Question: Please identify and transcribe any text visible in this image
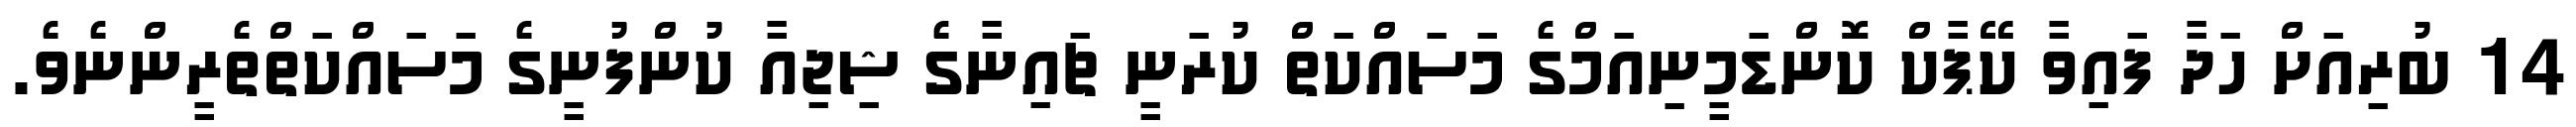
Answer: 14 ބުރިއަށް ހަދާ ފައިވާ ކޭޕާކް ކޮންޑަމީނިއަމްގެ މަސައްކަތް ކުރަނީ ޗައިނާގެ ޝިޖިއާ ކުންފުނީގެ މަސައްކަތްތެރީންނެވެ.